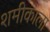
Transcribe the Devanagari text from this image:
शमीकाला